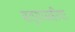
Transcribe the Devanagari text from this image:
सत्याग्रहींचा